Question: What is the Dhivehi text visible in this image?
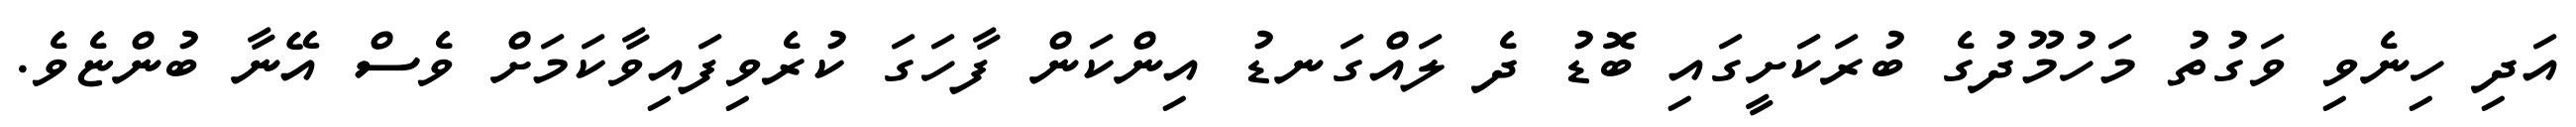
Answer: އަދި ހިނެވި ވަގުތު މަހުމޫދުގެ ބުރަކަށީގައި ބޮޑު ދެ ލައްގަނޑު އިންކަން ފާހަގަ ކުރެވިފައިވާކަމަށް ވެސް އޭނާ ބުންޏެވެ.